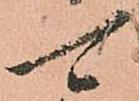
可